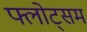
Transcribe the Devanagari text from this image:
फ्लोट्सम